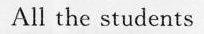
All the students